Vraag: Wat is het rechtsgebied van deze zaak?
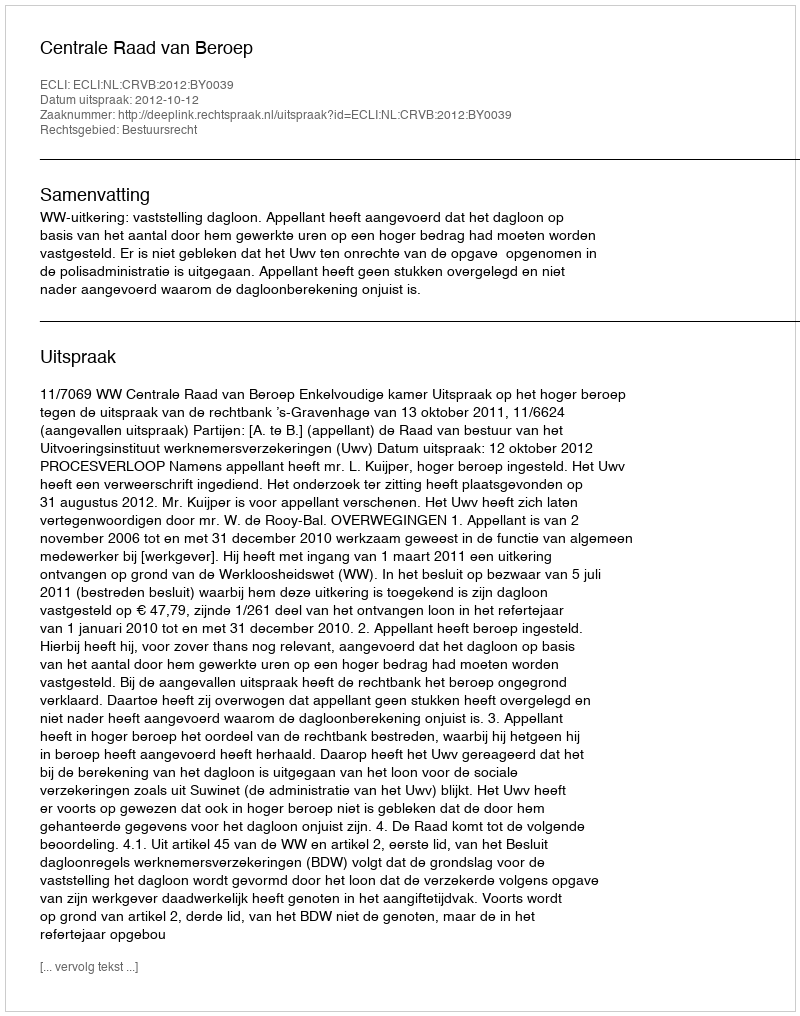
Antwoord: Bestuursrecht